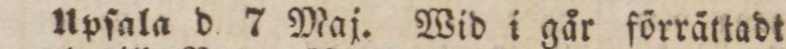
Upſala d 7 Maj. Wid i går förrättadt